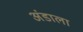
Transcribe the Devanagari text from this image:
अंडाला